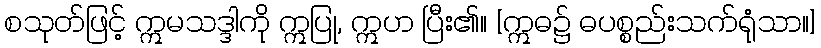
စသုတ်ဖြင့် ဣမသဒ္ဒါကို ဣပြု, ဣဟ ပြီး၏။ [ဣဓ၌ ဓပစ္စည်းသက်ရုံသာ။]